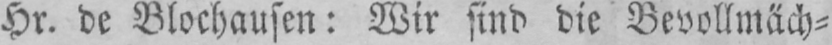
Hr. de Blochausen: Wir sind die Bevollmäch⸗